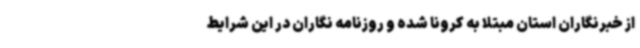
از خبرنگاران استان مبتلا به کرونا شده و روزنامه نگاران در این شرایط